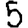
Digit: 5